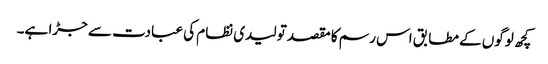
کچھ لوگوں کے مطابق اس رسم کا مقصد تولیدی نظام کی عبادت سے جڑا ہے۔